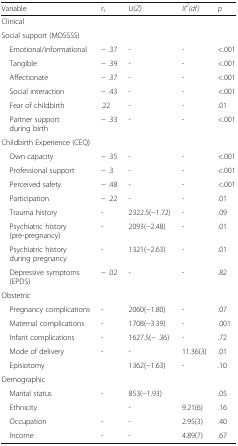
<table><thead><tr><td><b>Variable</b></td><td><b><i>r</i><sub><i>s</i></sub></b></td><td><b><i>U(Z)</i></b></td><td><b><i>X</i><sup><i>2</i></sup><i>(df)</i></b></td><td><b><i>p</i></b></td></tr></thead><tbody><tr><td colspan="5">Clinical</td></tr><tr><td colspan="5">Social support (MOSSSS)</td></tr><tr><td> Emotional/informational</td><td>− .37</td><td>-</td><td>-</td><td>&lt;.001</td></tr><tr><td> Tangible</td><td>− .39</td><td>-</td><td>-</td><td>&lt;.001</td></tr><tr><td> Affectionate</td><td>− .37</td><td>-</td><td>-</td><td>&lt;.001</td></tr><tr><td> Social interaction</td><td>− .43</td><td>-</td><td>-</td><td>&lt;.001</td></tr><tr><td> Fear of childbirth</td><td>.22</td><td>-</td><td>-</td><td>.01</td></tr><tr><td> Partner support during birth</td><td>− .33</td><td>-</td><td>-</td><td>&lt;.001</td></tr><tr><td colspan="5">Childbirth Experience (CEQ)</td></tr><tr><td> Own capacity</td><td>− .35</td><td>-</td><td>-</td><td>&lt;.001</td></tr><tr><td> Professional support</td><td>− .3</td><td>-</td><td>-</td><td>&lt;.001</td></tr><tr><td> Perceived safety</td><td>− .48</td><td>-</td><td>-</td><td>&lt;.001</td></tr><tr><td> Participation</td><td>− .22</td><td>-</td><td>-</td><td>.01</td></tr><tr><td> Trauma history</td><td>-</td><td>2322.5(−1.72)</td><td>-</td><td>.09</td></tr><tr><td> Psychiatric history (pre-pregnancy)</td><td>-</td><td>2093(−2.48)</td><td>-</td><td>.01</td></tr><tr><td> Psychiatric history during pregnancy</td><td>-</td><td>1321(−2.63)</td><td>-</td><td>.01</td></tr><tr><td> Depressive symptoms (EPDS)</td><td>− .02</td><td>-</td><td>-</td><td>.82</td></tr><tr><td colspan="5">Obstetric</td></tr><tr><td> Pregnancy complications</td><td>-</td><td>2060(−1.80)</td><td>-</td><td>.07</td></tr><tr><td> Maternal complications</td><td>-</td><td>1708(−3.39)</td><td>-</td><td>.001</td></tr><tr><td> Infant complications</td><td>-</td><td>1627.5(− .36)</td><td>-</td><td>.72</td></tr><tr><td> Mode of delivery</td><td>-</td><td>-</td><td>11.36(3)</td><td>.01</td></tr><tr><td> Episiotomy</td><td></td><td>1362(−1.63)</td><td>-</td><td>.10</td></tr><tr><td colspan="5">Demographic</td></tr><tr><td> Marital status</td><td>-</td><td>853(−1.93)</td><td></td><td>.05</td></tr><tr><td> Ethnicity</td><td></td><td>-</td><td>9.21(6)</td><td>.16</td></tr><tr><td> Occupation</td><td>-</td><td>-</td><td>2.95(3)</td><td>.40</td></tr><tr><td> Income</td><td>-</td><td>-</td><td>4.89(7)</td><td>.67</td></tr></tbody></table>